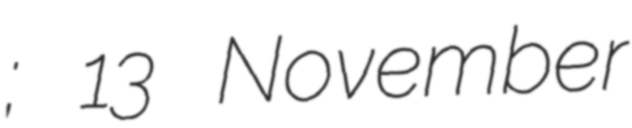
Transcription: Коже́вников; 13 November